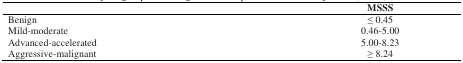
<table><thead><tr><td></td><td><b>MSSS</b></td></tr></thead><tbody><tr><td>Benign</td><td>≤ 0.45</td></tr><tr><td>Mild-moderate</td><td>0.46-5.00</td></tr><tr><td>Advanced-accelerated</td><td>5.00-8.23</td></tr><tr><td>Aggressive-malignant</td><td>≥ 8.24</td></tr></tbody></table>